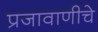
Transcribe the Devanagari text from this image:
प्रजावाणीचे